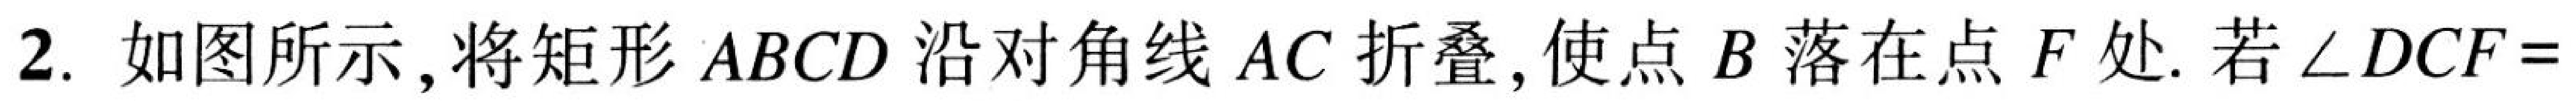
2. 如图所示,将矩形\(ABCD\)沿对角线\(AC\)折叠,使点\(B\)落在点\(F\)处.若\(\angle DCF =\)